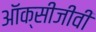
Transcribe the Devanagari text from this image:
ऑक्सीजीवी